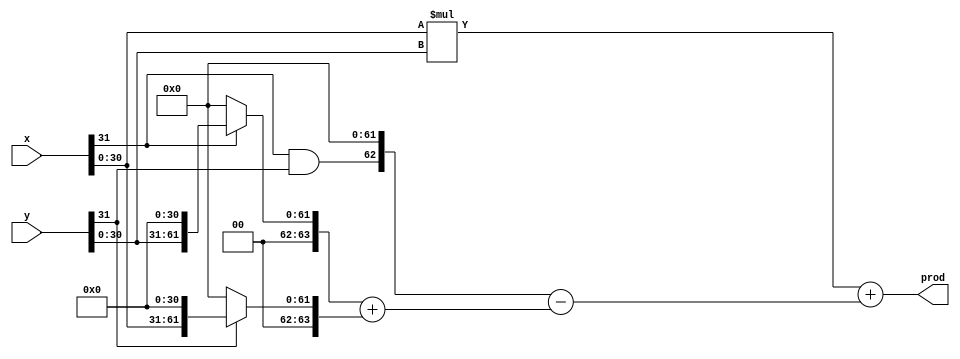
`timescale 1ns / 1ps
//////////////////////////////////////////////////////////////////////////////////
// Company: 
// Engineer: 
// 
// Design Name: 
// Module Name:    signed_mult 
// Project Name: 
// Target Devices: 
// Tool versions: 
// Description: 
//
// Dependencies: 
//
// Revision: 
// Revision 0.01 - File Created
// Additional Comments: 
//
//////////////////////////////////////////////////////////////////////////////////
module signed_mult(
    input [31:0] x,
    input [31:0] y,
    output reg [63:0] prod
    );
	 // product = p1-p2-p3+p4 (combinational 2's complement multiplier)	 
	 reg [63:0] p1, p2, p3, p4 ;
	 
	 reg [63:0] temp1, temp2 ;
	 
	 always @* begin
	 
		p1 = (x[31]&y[31])<<62;	
		
		if( x[31] ) begin
			p2 = y[30:0]<<31;
		end
		else begin
			p2 = 0;
		end
		
	   if( y[31] ) begin
			p3 = x[30:0]<<31;
		end
		else begin
			p3 = 0;
		end
		
		p4 = x[30:0]*y[30:0];
		
		temp1 = p2+p3;
		
		temp2 = p1-temp1;
		
		prod = p4+temp2; 
		
	 end
 
endmodule